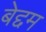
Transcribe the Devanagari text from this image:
बेद्दम